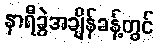
နာရီခွဲအချိန်ခန့်တွင်